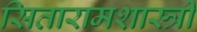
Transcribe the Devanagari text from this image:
सितारामशास्त्री